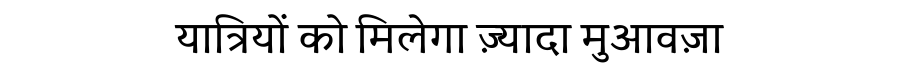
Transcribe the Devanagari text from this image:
यात्रियों को मिलेगा ज़्यादा मुआवज़ा